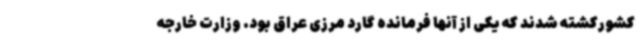
کشورکشته شدند که یکی از آنها فرمانده گارد مرزی عراق بود. وزارت خارجه